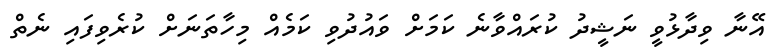
އޭނާ ވިދާޅުވީ ނަޝީދު ކުރައްވާނެ ކަމަށް ވައުދުވި ކަމެއް މިހާތަނަށް ކުރެވިފައި ނެތް